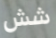
شش